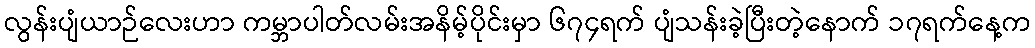
လွန်းပျံယာဉ်လေးဟာ ကမ္ဘာပါတ်လမ်းအနိမ့်ပိုင်းမှာ ၆၇၄ရက် ပျံသန်းခဲ့ပြီးတဲ့နောက် ၁၇ရက်နေ့က